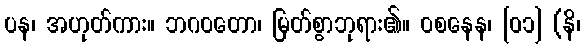
ပန၊ အဟုတ်ကား။ ဘဂဝတော၊ မြတ်စွာဘုရား၏။ ဝစနေန၊ [၀၁] (နိ၊